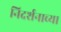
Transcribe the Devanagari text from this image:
निदर्शनाच्या